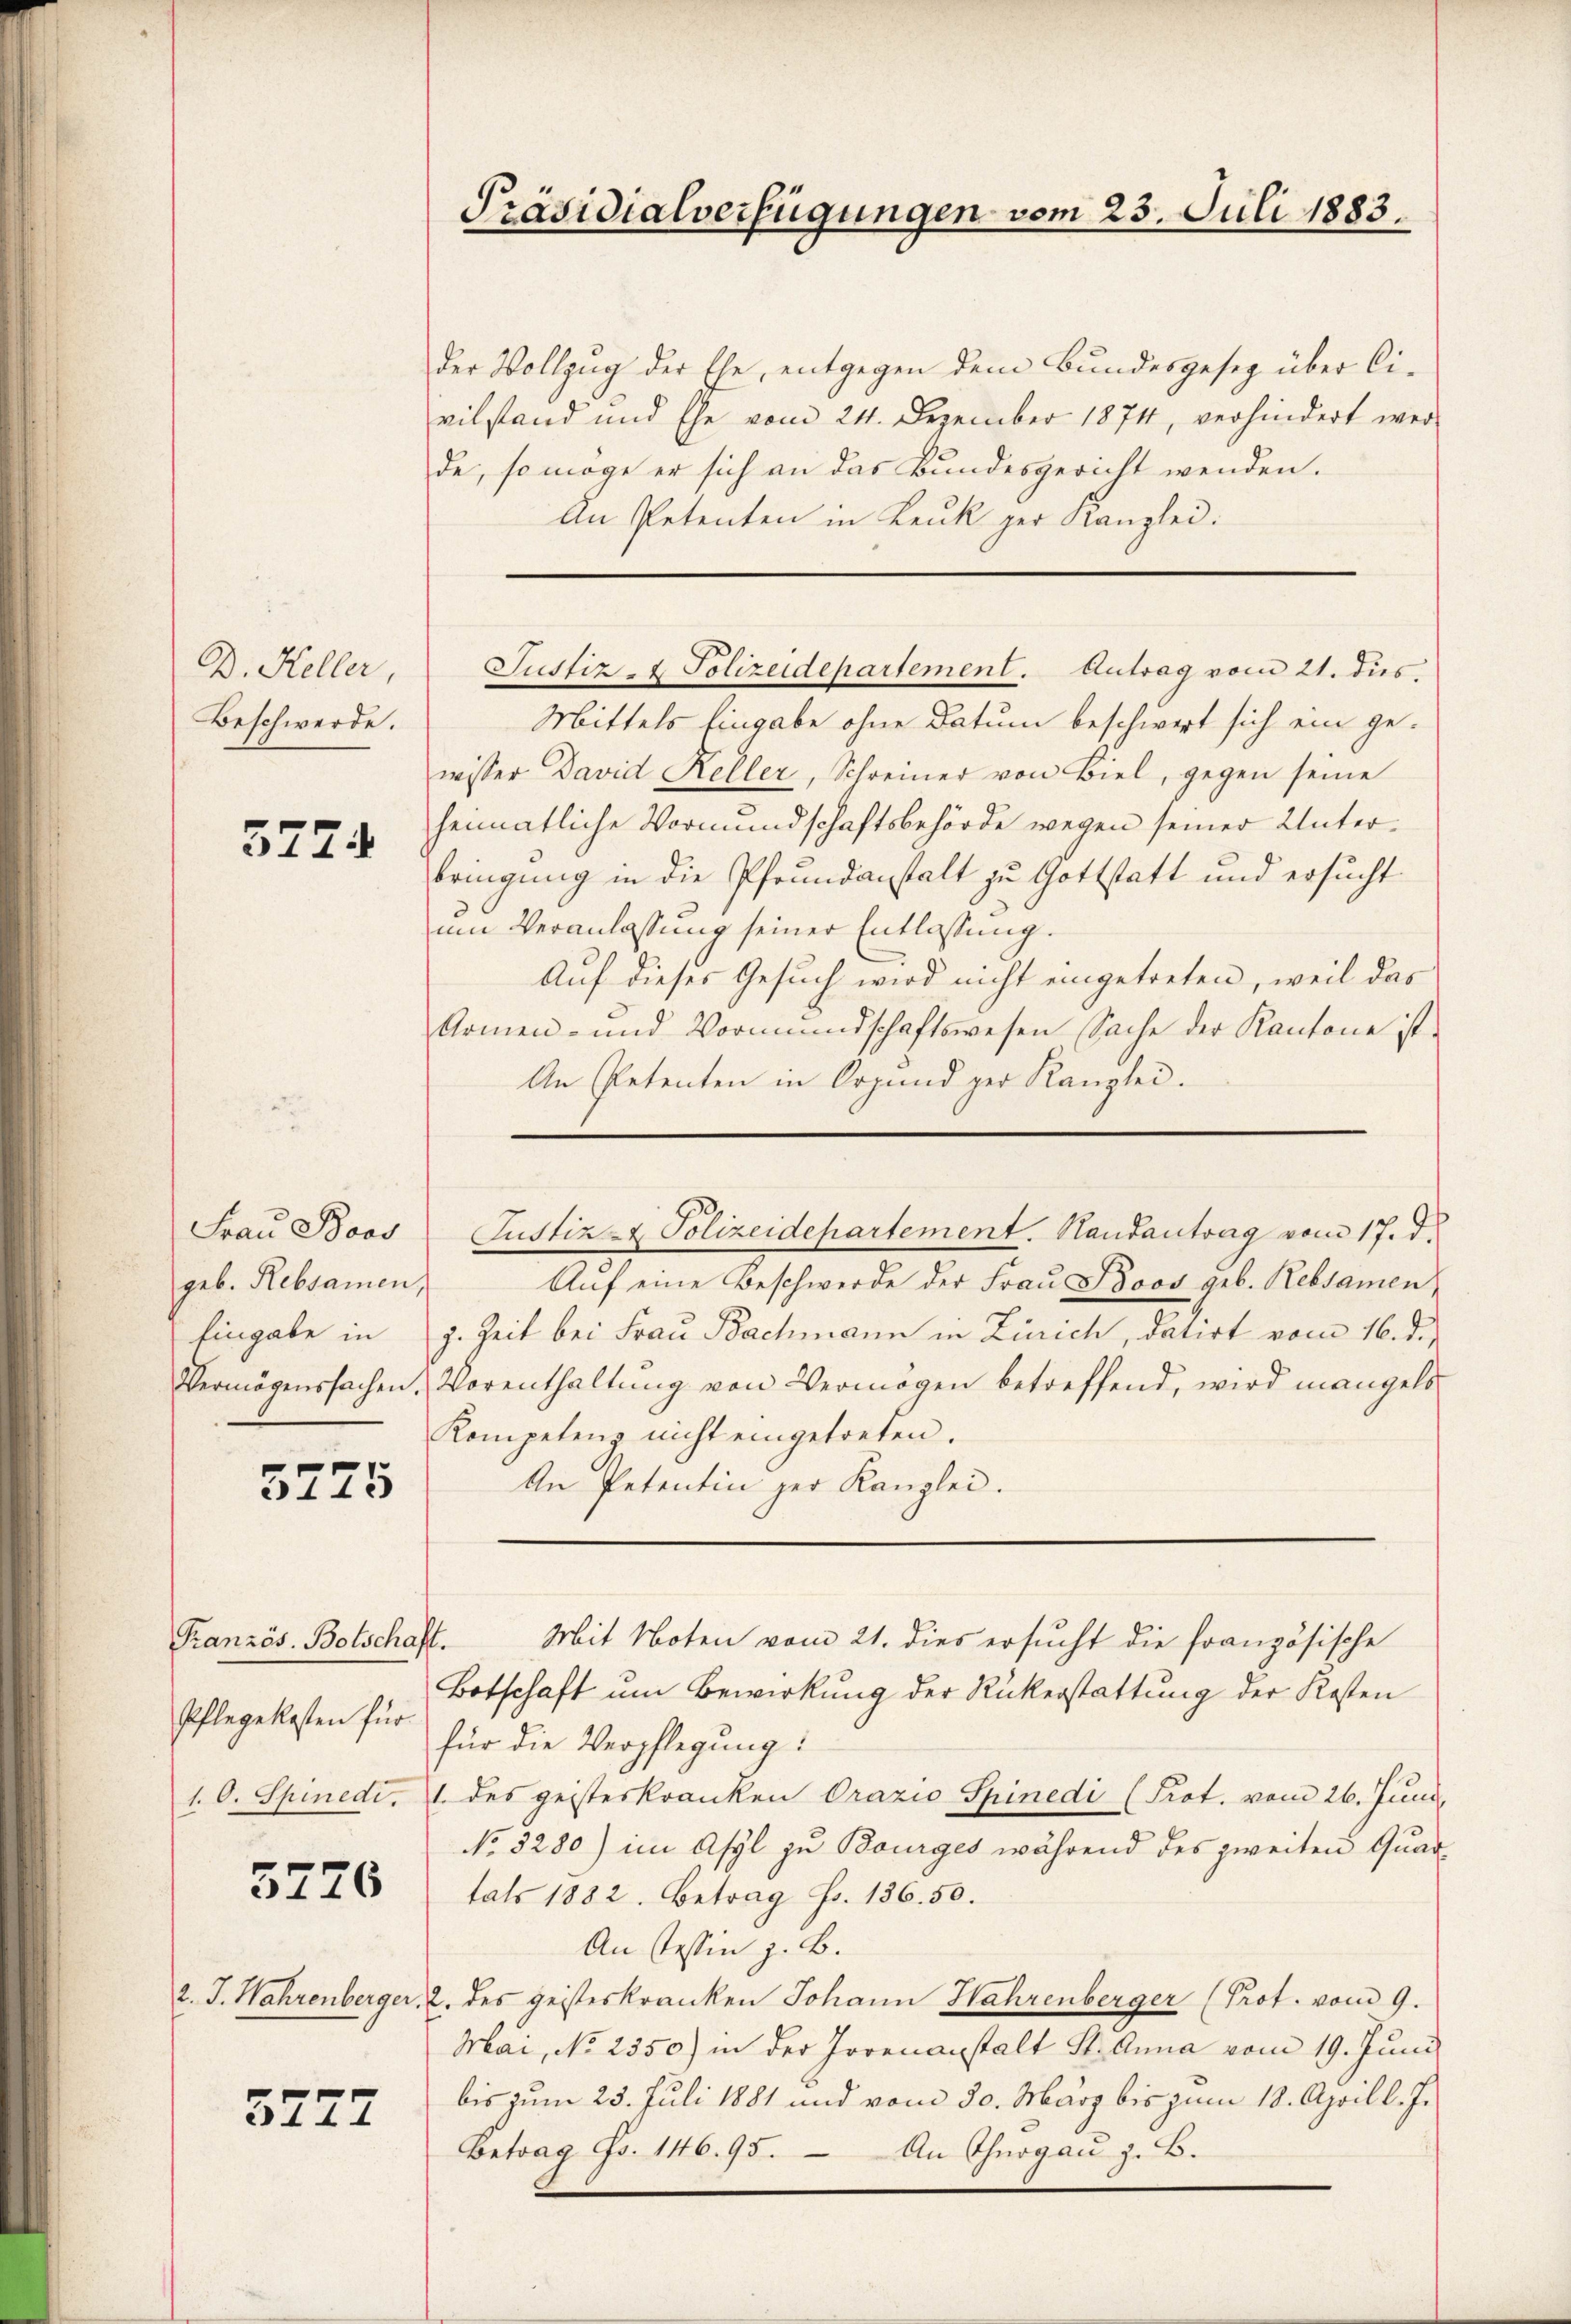
D. Keller,
Beschwerde.

5724

Frau Boos
geb. Rebsamen
Eingabe in
Vermögenssachen.

3775

Französ. Bolschaft.
Pflegekosten für
1. O. Spinedi.

5776

2. J. Wahrenberger.

3777

Präsidialverfügungen vom 23. Juli 1883.

der Vollzug der Ehe, entgegen dem Bundesgesez über Civilstand und Ehe vom 24. Dezember 1874, verhindert wer
de, so möge er sich an das Bundesgericht wenden.
An Petenten in Leuk per Kanzlei:
Mittels Eingabe ohne Datum beschwert sich ein gewisser David Keller, Schreiner von Biel, gegen seine
heimatliche Vormundschaftsbehörde wegen seiner Unterbringung in die Pfrundanstalt zu Gottstatt und ersucht
um Veranlassung seiner Entlassung.
Auf dieses Gesuch wird nicht eingetreten, weil das
Armen- und Vormundschaftswesen Sache der Kantone ist
An Petenten in Organd per Kanzlei.
Aŭf eine Beschwerde der Frau Roos geb. Rebsamen
g. Zeit bei Frau Bachmann in Zürich, datirt vom 16. d.
Vorenthaltung von Vermögen betreffend, wird mangels
Kompetenz nicht eingetreten.
An Petentin zur Kanzlei.
Mit Noten vom 21. dies ersucht die französische
Botschaft um Bewirkung der Rückerstattung der Kosten
für die Verpflegung:
1. des geisteskranken Orazio Spinedi (Prot. vom 26. Juni
No. 3280) im Asyl zu Bourges während des zweiten Quartals 1882. Betrag Fr. 136. 50.
An Tessin z. B.
2. des geisteskranken Johann Hahrenberger (Prot. vom 9.
Mai, No 2550) in der Jorenanstalt St. Anna vom 19. Juni
bis zum 25. Juli 1881 und vom 30. März bis zum 18. April l. J.
Betrag Fr. 146. 95. An Thurgau z. B.

Justiz- & Polizeidepartement. Antrag vom 21. dies

Justiz- & Polizeidepartement. Handantrag vom 17. d.